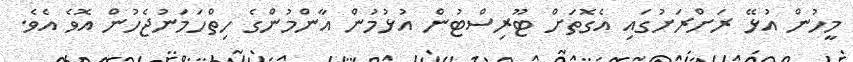
މީހުން އުޅޭ ރަށްރަށުގައި އެގޮތަށް ޓޫރިސްޓުން އުޅުމުން އާންމުންގެ ހިތްހަަމަނުޖެހުން އޮވެ އެވެ.